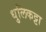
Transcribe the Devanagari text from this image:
धुलिकट्टा